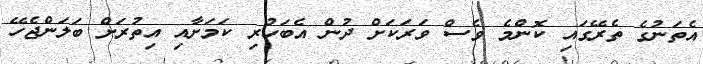
އެތަނުގެ ތެރޭގައި ކޮންމެ ވެސް ވަރަކަށް ދުން އެބަހުރި ކަމަށާއި އިތުރަށް ބަލަންޖެހޭ